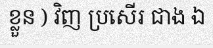
ខ្លួន ) វិញ ប្រសើរ ជាង ឯ